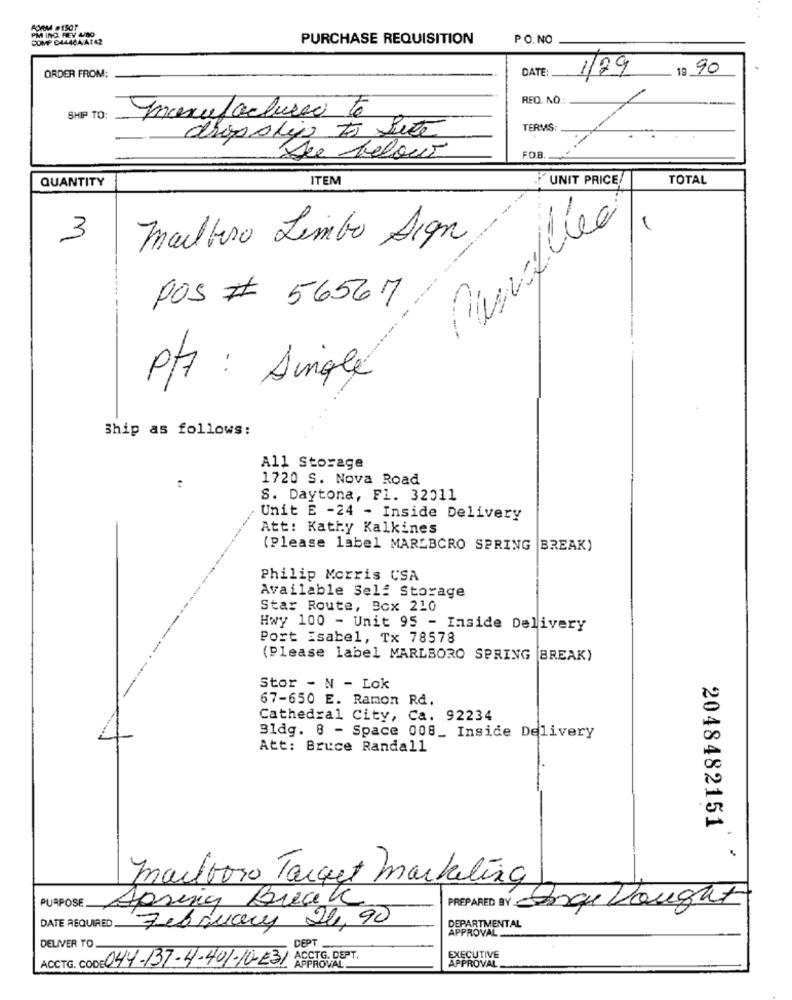
PM ING. REV 4/80
COMP D44464/A142
PURCHASE REQUISITION
PO.NO
DATE
1/29
19 90
ORDER FROM:
REQ. NO .:
SHIP TO:
manufacturer to
TERMS:
dropolio to sete
Due below
FOB
ITEM
UNIT PRICE
TOTAL
QUANTITY
Pinflée
3
Mailbero Limbo Sign
POS # 56567
P/7 : Single
Ship as follows:
All Storage
1720 S. Nova Road
S. Daytona, Fl. 32011
Unit E -24 - Inside Delivery
Att: Kathy Kalkines
(Please label MARLBORO SPRING BREAK)
Philip Morris CSA
Available Self Storage
Star Route, Box 210
Hwy 100 - Unit 95 - Inside Delivery
Port Isabel, Tx 78578
(Please label MARLBORO SPRING BREAK)
Stor - N - Lok
67-650 E. Ramon Rd.
Cathedral City, Ca. 92234
Bldg. 8 - Space 008_ Inside Delivery
Att: Bruce Randall
2048482151
marlboro Target marketing
PURPOSE.
Spring Break
PREPARED BY Songu Vought
DATE REQUIRED.
February 24,90
DEPARTMENTAL
APPROVAL
DELIVER TO
DEPT
ACCTG. CODE 044-137-4-401-10-231
ACCTG, DEPT.
EXECUTIVE
APPROVAL.
APPROVAL